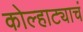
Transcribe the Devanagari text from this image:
कोल्हाट्याचं